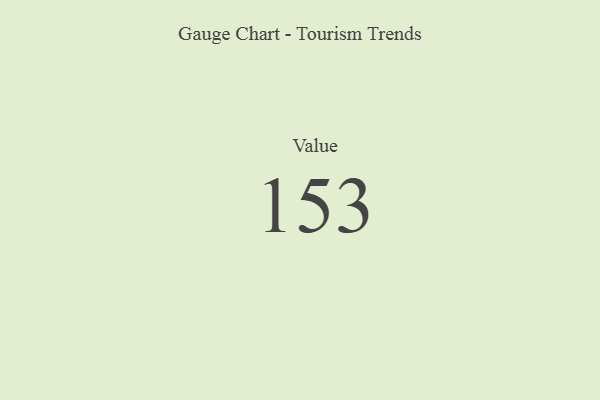
{"axis": {"x": "Metric", "y": "Value"}, "legend": [""], "data": [{"x": "Value", "y": 153, "type": ""}]}